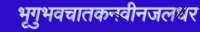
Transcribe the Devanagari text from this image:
भृगुभवचातकनवीनजलधर